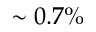
\sim 0 . 7 \%